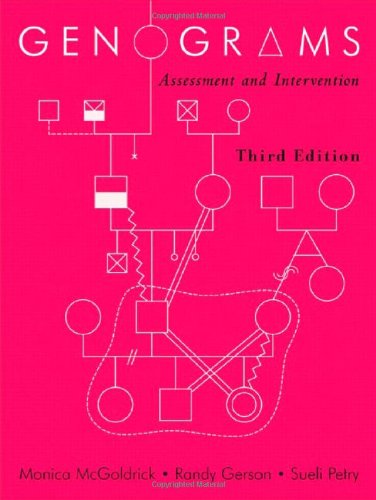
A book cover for Genograms: Assessment and Intervention (Third Edition) (Norton Professional Books); Monica McGoldrick; Medical Books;